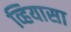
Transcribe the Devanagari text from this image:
व्हियासा